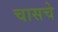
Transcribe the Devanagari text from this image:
चासचे